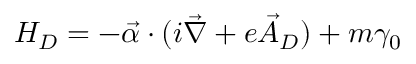
H _ { D } = - \vec { \alpha } \cdot ( i \vec { \nabla } + e \vec { A } _ { D } ) + m \gamma _ { 0 }